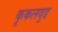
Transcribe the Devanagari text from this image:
कृकलवुड